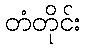
တံတိုင်း